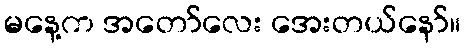
မနေ့က အတော်လေး အေးတယ်နော်။